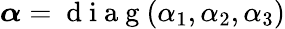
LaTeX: \boldsymbol{\alpha}=\mathrm{~d~i~a~g~}(\alpha_{1},\alpha_{2},\alpha_{3})